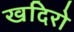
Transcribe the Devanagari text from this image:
खदिरो